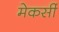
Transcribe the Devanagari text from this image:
मेकर्सी